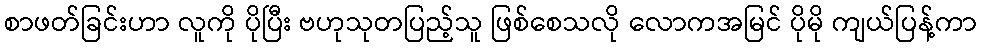
စာဖတ်ခြင်းဟာ လူကို ပိုပြီး ဗဟုသုတပြည့်သူ ဖြစ်စေသလို လောကအမြင် ပိုမို ကျယ်ပြန့်ကာ